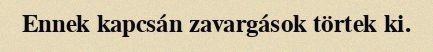
Ennek kapcsán zavargások törtek ki.